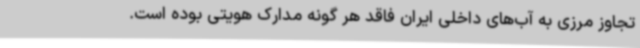
تجاوز مرزی به آب‌های داخلی ایران فاقد هر گونه مدارک هویتی بوده است.